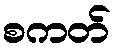
စကတ်